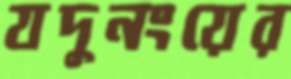
যদুনংয়ের